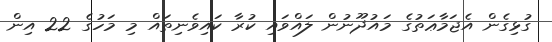
ގުޅިގެން އެޖަމާޢަތުގެ މައުޛޫނުން ލައްވައި ކުރާ ކައިވެނިތައް މި މަހުގެ 22 އިން